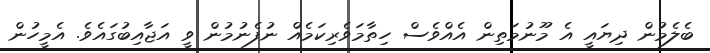
ބެލެމުން ދިޔައީ އެ މޫނުމަތިން އެއްވެސް ހިތާމަވެރިކަމެއް ނުފެނުމުން ވީ އަޖާއިބުގައެވެ. އެމީހުން